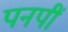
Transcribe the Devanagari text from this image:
पनपीं